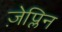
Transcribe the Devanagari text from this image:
ज़ेप्लिन